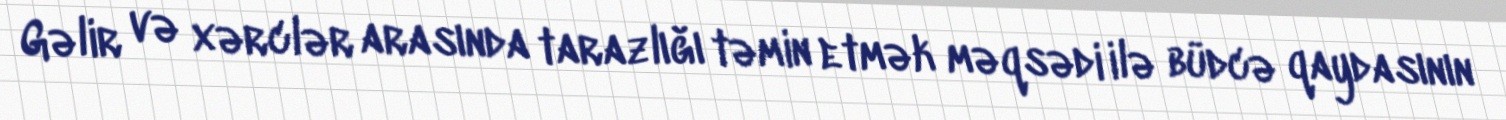
Gəlir və xərclər arasında tarazlığı təmin etmək məqsədi ilə büdcə qaydasının